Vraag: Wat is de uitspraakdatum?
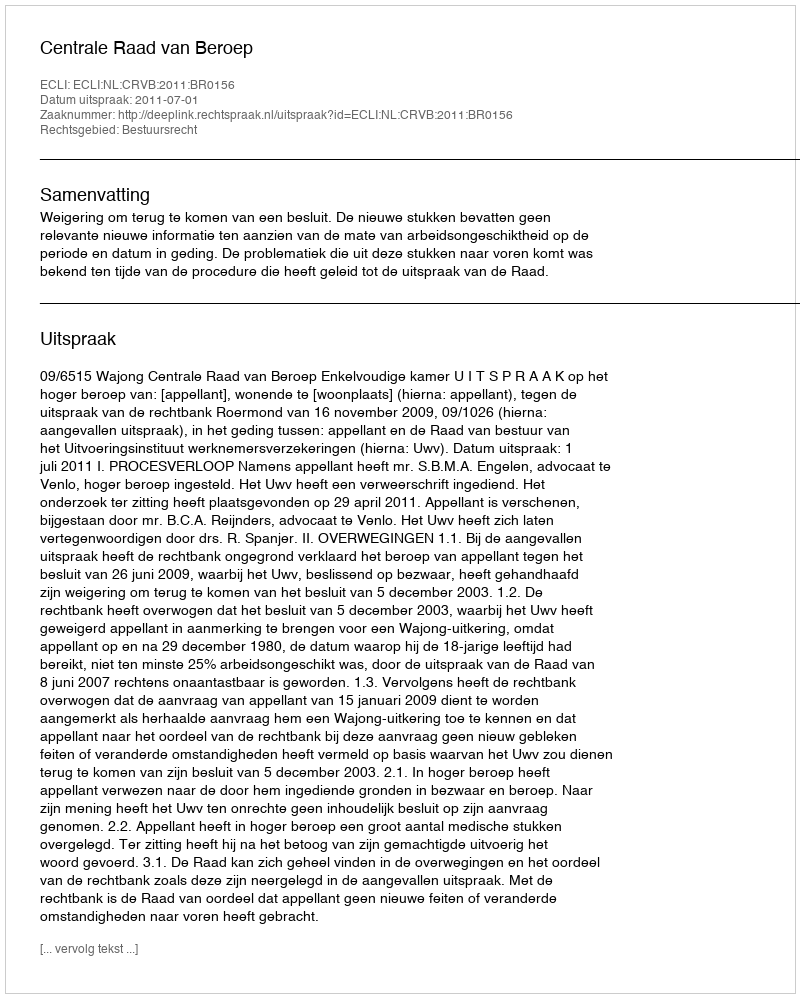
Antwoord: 2011-07-01